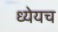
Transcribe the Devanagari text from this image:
ध्येयच